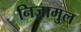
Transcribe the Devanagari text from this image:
निज़ामुल